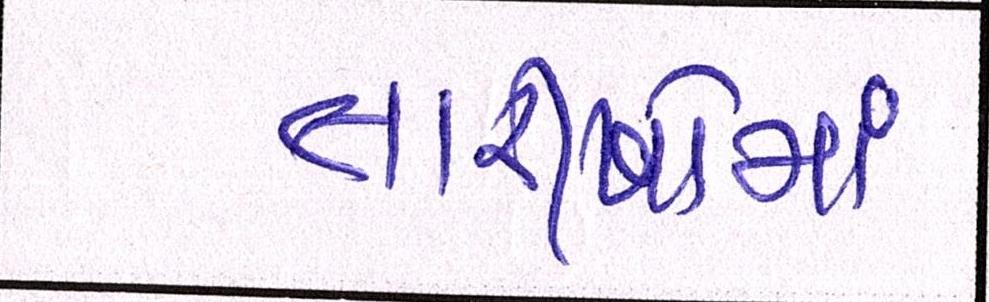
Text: તારીખોમાં